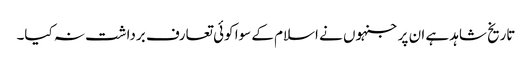
تاریخ شاہد ہے ان پر جنہوں نے اسلام کے سوا کوئی تعارف برداشت نہ کیا۔